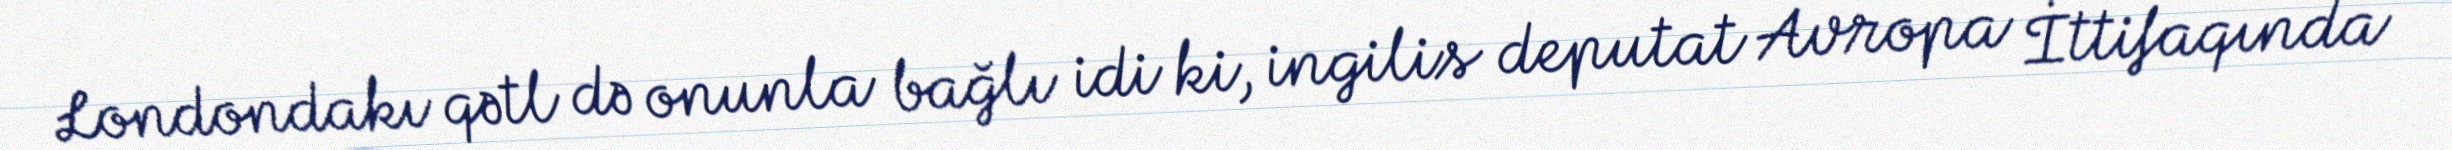
Londondakı qətl də onunla bağlı idi ki, ingilis deputat Avropa İttifaqında